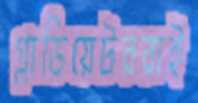
গ্লাডিয়েটররাই